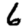
Digit: 6